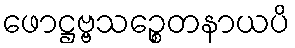
ဖောဋ္ဌဗ္ဗသဉ္စေတနာယပိ